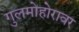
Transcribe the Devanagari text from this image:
गुलमोहोरावर